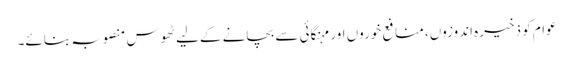
عوام کو ذخیرہ اندوزوں، منافع خوروں اور مہنگائی سے بچانے کےلیے ٹھوس منصوبہ بنائے۔